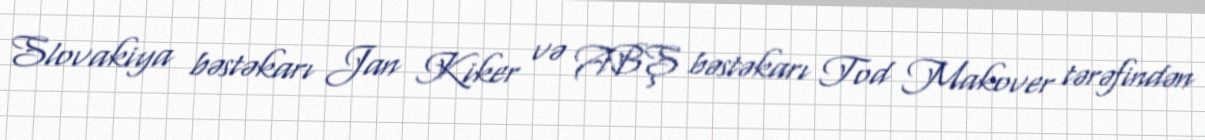
Slovakiya bəstəkarı Jan Kiker və ABŞ bəstəkarı Tod Makover tərəfindən